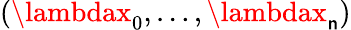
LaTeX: (\lambdax_{0},\ldots,\lambdax_{\mathsf{n}})